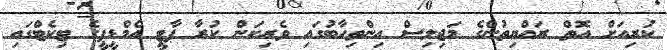
ކުރިއަށް އޮތް ރައްޔިތުންގެ މަޖިލިސް އިންތިހާބުގައި ވެރިކަން ކުރާ ޕާޓީ އެމްޑީޕީގެ ޓިކެޓްގައި